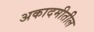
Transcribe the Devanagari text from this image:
अकादमीतील